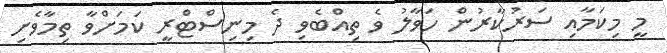
މީ މިކަމާއި ސަރުކާރުން ހަވާލު ވެ ތިއްބެވި ދެ މިނިސްޓްެރީ ކަމަށްވާ ތިމާވެށި